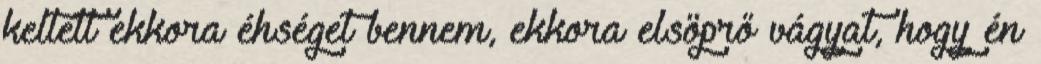
keltett ekkora éhséget bennem, ekkora elsöprő vágyat, hogy én